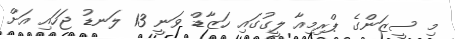
މި ސީޒަންގެ ޕްރިމިއާ ލީގުގައި ހަޒާޑް ވަނީ 13 ލަނޑު ޖަހައި އަށް